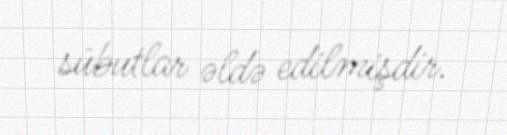
sübutlar əldə edilmişdir.